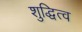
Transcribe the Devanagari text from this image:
शुद्धित्व